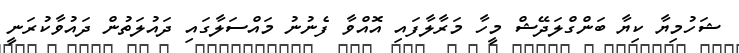
ޝަހުމިޔާ ކިޔާ ބަންގްލަދޭޝް މީހާ މަރާލާފައި އޮއްވާ ފެނުނު މައްސަލާގައި ދައުލަތުން ދައުވާކުރަނީ